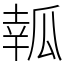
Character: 瓡